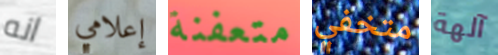
انه إعلامي متعفنة متخفي آلهة